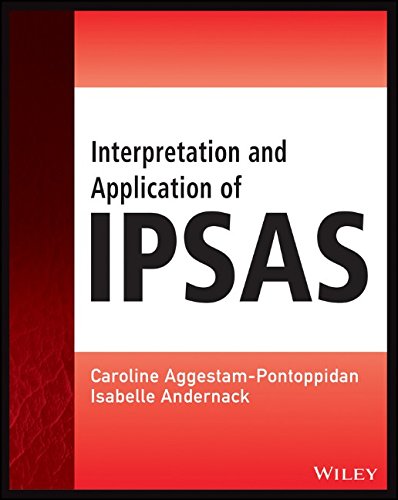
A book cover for Interpretation and Application of IPSAS (Wiley Regulatory Reporting); Caroline Aggestam-Pontoppidan; Business & Money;